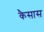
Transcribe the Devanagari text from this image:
कैसास